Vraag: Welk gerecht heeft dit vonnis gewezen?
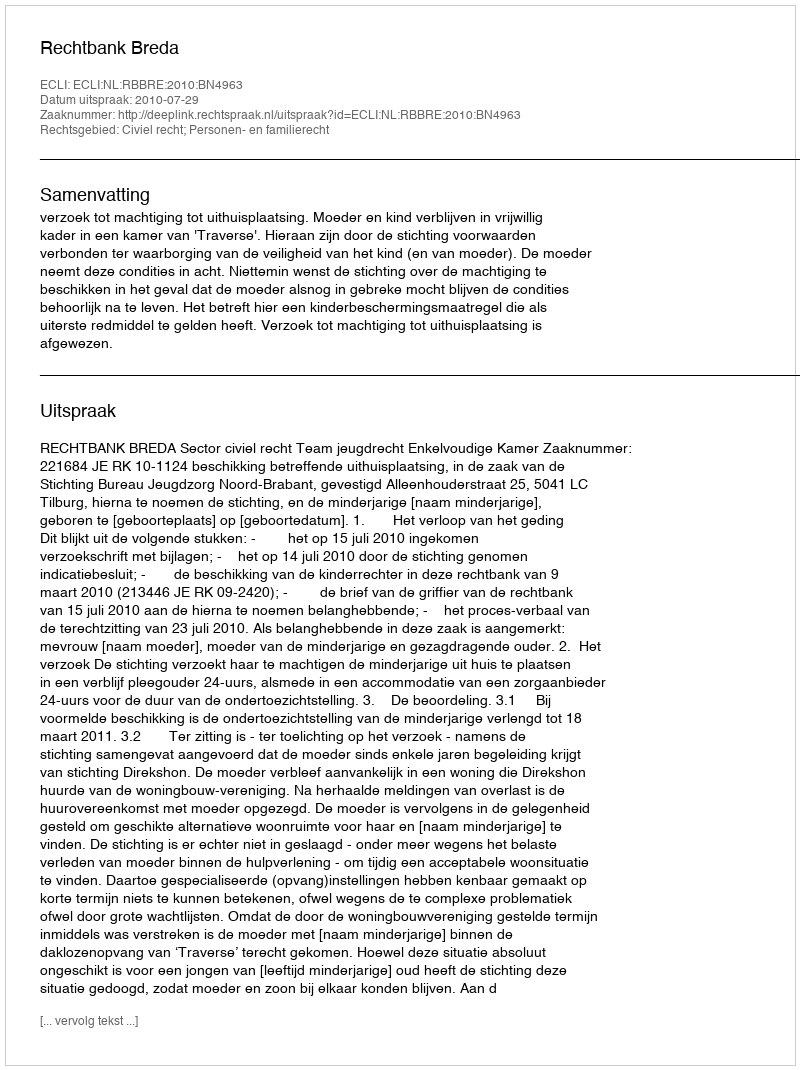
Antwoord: Rechtbank Breda